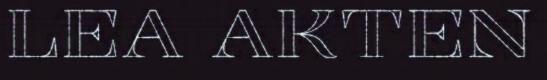
LEA AKTEN